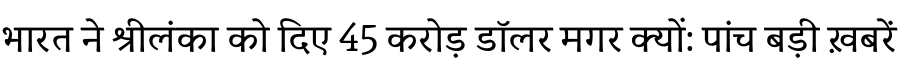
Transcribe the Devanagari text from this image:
भारत ने श्रीलंका को दिए 45 करोड़ डॉलर मगर क्यों: पांच बड़ी ख़बरें